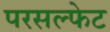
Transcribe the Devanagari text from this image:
परसल्फेट